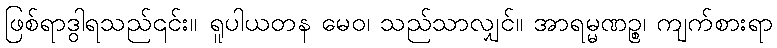
ဖြစ်ရာဒွါရသည်၎င်း။ ရူပါယတန မေဝ၊ သည်သာလျှင်။ အာရမ္မဏဉ္စ၊ ကျက်စားရာ